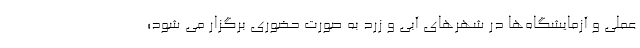
عملی و آزمایشگاه‌ها در شهرهای آبی و زرد به صورت حضوری برگزار می شود؛